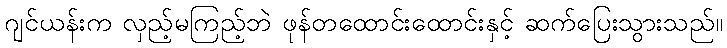
ဂျင်ယန်းက လှည့်မကြည့်ဘဲ ဖုန်တထောင်းထောင်းနှင့် ဆက်ပြေးသွားသည်။